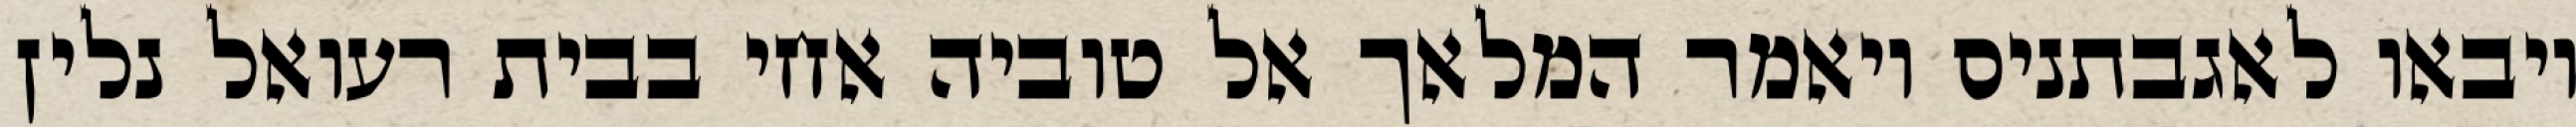
ויבאו לאגבתניס ויאמר המלאך אל טוביה אחי בבית רעואל נלין